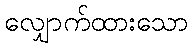
လျှောက်ထားသော